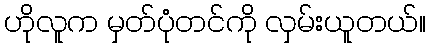
ဟိုလူက မှတ်ပုံတင်ကို လှမ်းယူတယ်။